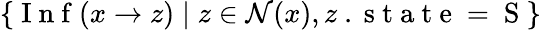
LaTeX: \{ \mathrm{~I~n~f~}(x\to z)\; |\; z\in\mathcal{N}(x),z\mathrm{~.~s~t~a~t~e~=~S~}\}